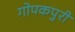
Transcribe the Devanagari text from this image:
गोपकपुरी